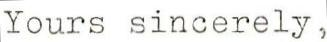
Yours sincerely,